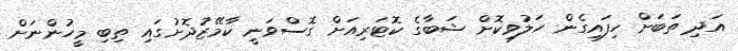
އަދި ތަބަށް ހިފައިގެން ހަލުވިކޮށް ޝަބާގެ ކޮޓަރިއަށް ގޮސްވަނީ ކާމޭޒުދޮށުގައި ތިބި މީހުންނަށް